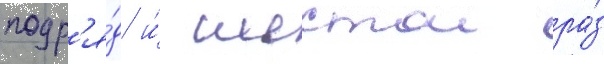
подр'я́д и́ шестои ра́з